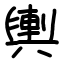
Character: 輿